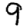
Digit: 9